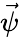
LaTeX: \vec{\psi}